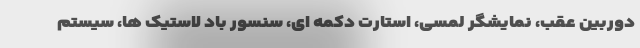
دوربین عقب، نمایشگر لمسی، استارت دکمه ای، سنسور باد لاستیک ها، سیستم